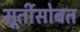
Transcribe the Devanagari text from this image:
मूर्तीसोबत